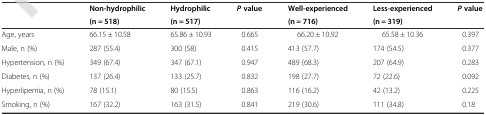
<table><thead><tr><td rowspan="2"></td><td><b>Non-hydrophilic</b></td><td><b>Hydrophilic</b></td><td rowspan="2"><b><i>P</i>value</b></td><td><b>Well-experienced</b></td><td><b>Less-experienced</b></td><td rowspan="2"><b><i>P</i>value</b></td></tr><tr><td><b>(n = 518)</b></td><td><b>(n = 517)</b></td><td><b>(n = 716)</b></td><td><b>(n = 319)</b></td></tr></thead><tbody><tr><td>Age, years</td><td>66.15 ± 10.58</td><td>65.86 ± 10.93</td><td>0.665</td><td>66.20 ± 10.92</td><td>65.58 ± 10.36</td><td>0.397</td></tr><tr><td>Male, n (%)</td><td>287 (55.4)</td><td>300 (58)</td><td>0.415</td><td>413 (57.7)</td><td>174 (54.5)</td><td>0.377</td></tr><tr><td>Hypertension, n (%)</td><td>349 (67.4)</td><td>347 (67.1)</td><td>0.947</td><td>489 (68.3)</td><td>207 (64.9)</td><td>0.283</td></tr><tr><td>Diabetes, n (%)</td><td>137 (26.4)</td><td>133 (25.7)</td><td>0.832</td><td>198 (27.7)</td><td>72 (22.6)</td><td>0.092</td></tr><tr><td>Hyperlipemia, n (%)</td><td>78 (15.1)</td><td>80 (15.5)</td><td>0.863</td><td>116 (16.2)</td><td>42 (13.2)</td><td>0.225</td></tr><tr><td>Smoking, n (%)</td><td>167 (32.2)</td><td>163 (31.5)</td><td>0.841</td><td>219 (30.6)</td><td>111 (34.8)</td><td>0.18</td></tr></tbody></table>